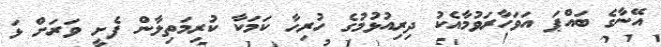
އޭނާގެ ބައްޕަ އަވަހާރަވުމާއެކު ދިރިއުޅުމުގެ ހުރިހާ ކަމަކާ ކުރިމަތިލާން ފެށީ ވަރަށް ޅަ